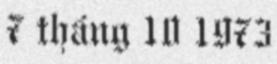
7 tháng 10 1973